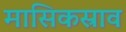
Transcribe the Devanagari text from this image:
मासिकस्राव